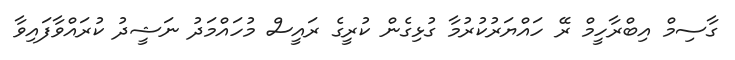
ގާސިމް އިބްރާހީމް ރޭ ހައްޔަރުކުރުމާ ގުޅިގެން ކުރީގެ ރައީސް މުހައްމަދު ނަޝީދު ކުރައްވާފައިވާ